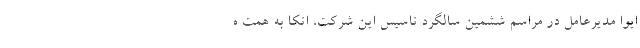
ایوا مدیرعامل در مراسم ششمین سالگرد تاسیس این شرکت، اتکا به همت ه